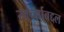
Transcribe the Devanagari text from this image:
खर्च्याबद्दल